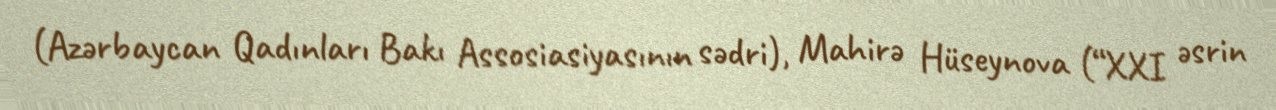
(Azərbaycan Qadınları Bakı Assosiasiyasının sədri), Mahirə Hüseynova (“XXI əsrin